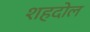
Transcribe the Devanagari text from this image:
शहदोल